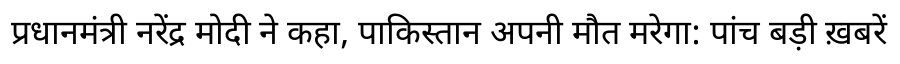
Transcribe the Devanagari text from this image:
प्रधानमंत्री नरेंद्र मोदी ने कहा, पाकिस्तान अपनी मौत मरेगा: पांच बड़ी ख़बरें